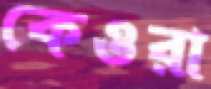
কেওরা